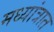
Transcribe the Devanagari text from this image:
मध्यांत्रात